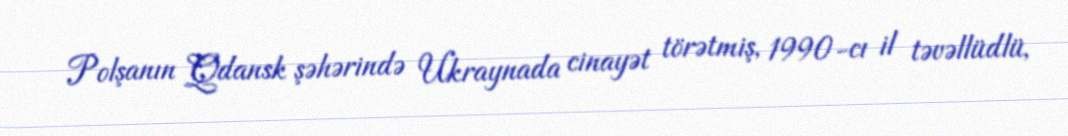
Polşanın Qdansk şəhərində Ukraynada cinayət törətmiş, 1990-cı il təvəllüdlü,